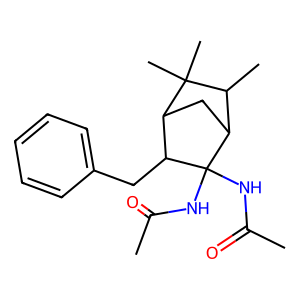
SMILES: CC(=O)NC1(NC(C)=O)C2CC(C1Cc1ccccc1)C(C)(C)C2C
Inhibits HIV replication: No